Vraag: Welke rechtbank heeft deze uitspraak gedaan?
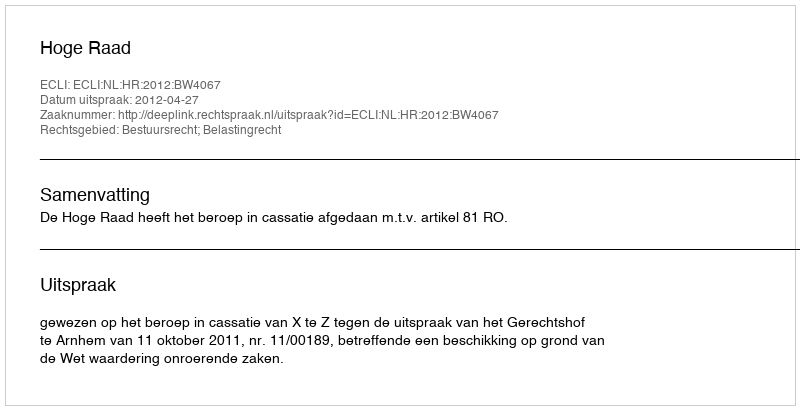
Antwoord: Hoge Raad